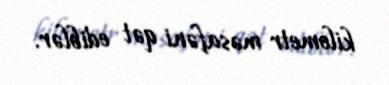
kilometr məsafəni qət ediblər.